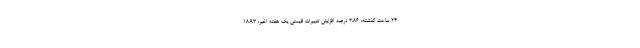
۲۴ ساعت گذشته: ۳.۸۶ درصد افزایش تغییرات قیمتی یک هفته اخیر: ۱۸.۹۳